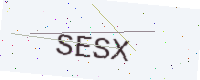
Text: SESX